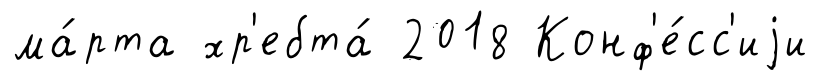
ма́рта хр'ебта́ 2018 Конф'е́сс'иjи